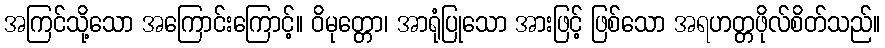
အကြင်သို့သော အကြောင်းကြောင့်။ ဝိမုတ္တော၊ အာရုံပြုသော အားဖြင့် ဖြစ်သော အရဟတ္တဖိုလ်စိတ်သည်။